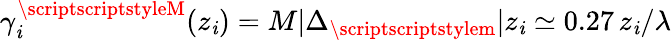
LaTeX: \gamma_{\mathit{i}}^{{\scriptscriptstyleM}}(z_{\mathit{i}})=M|\Delta_{{\scriptscriptstylem}}|z_{\mathit{i}}\simeq0.27\, z_{\mathit{i}}/\lambda